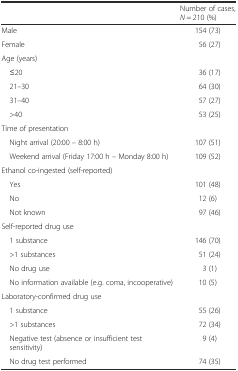
|  | Number of cases, N = 210 (%) |
 | --- | --- |
 | Male | 154 (73) |
 | Female | 56 (27) |
 | <COLSPAN=2> Age (years) |
 | ≤20 | 36 (17) |
 | 21–30 | 64 (30) |
 | 31–40 | 57 (27) |
 | >40 | 53 (25) |
 | <COLSPAN=2> Time of presentation |
 | Night arrival (20:00 – 8:00 h) | 107 (51) |
 | Weekend arrival (Friday 17:00 h – Monday 8:00 h) | 109 (52) |
 | <COLSPAN=2> Ethanol co-ingested (self-reported) |
 | Yes | 101 (48) |
 | No | 12 (6) |
 | Not known | 97 (46) |
 | <COLSPAN=2> Self-reported drug use |
 | 1 substance | 146 (70) |
 | >1 substances | 51 (24) |
 | No drug use | 3 (1) |
 | No information available (e.g. coma, incooperative) | 10 (5) |
 | <COLSPAN=2> Laboratory-confirmed drug use |
 | 1 substance | 55 (26) |
 | >1 substances | 72 (34) |
 | Negative test (absence or insufficient test sensitivity) | 9 (4) |
 | No drug test performed | 74 (35) |